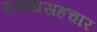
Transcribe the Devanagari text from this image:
साध्यसहचार